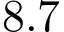
8 . 7